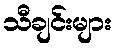
သီချင်းများ